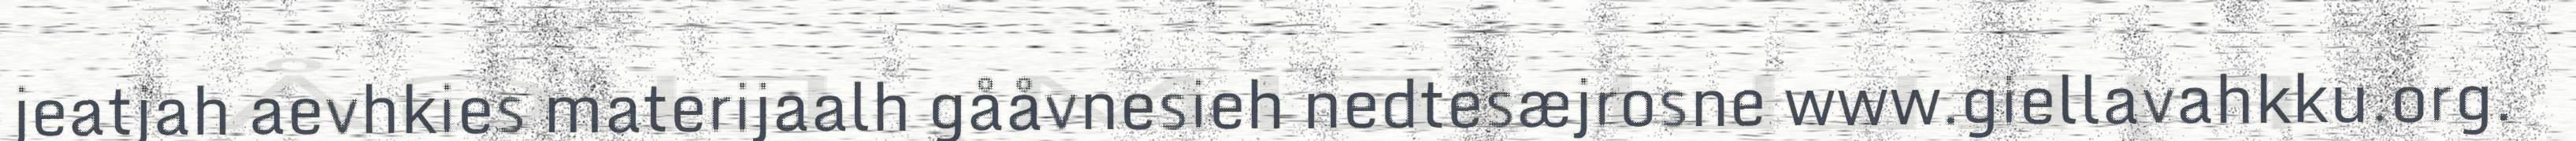
jeatjah aevhkies materijaalh gååvnesieh nedtesæjrosne www.giellavahkku.org.